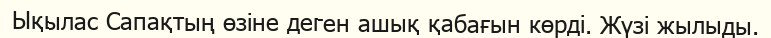
Ықылас Сапақтың өзіне деген ашық қабағын көрді. Жүзі жылыды.